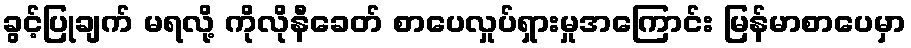
ခွင့်ပြုချက် မရလို့ ကိုလိုနီခေတ် စာပေလှုပ်ရှားမှုအကြောင်း မြန်မာစာပေမှာ